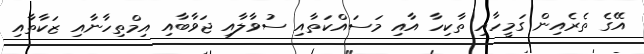
އޭގެ ތެރެއިން ގަމީހާއި ތާކިހާ އާއި މަސައްކަތާއި ސުވާލާއި ޖަވާބާއި އިމްތިހާނާއި ޒަކާތާއި